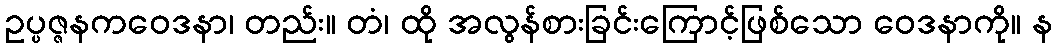
ဥပ္ပဇ္ဇနကဝေဒနာ၊ တည်း။ တံ၊ ထို အလွန်စားခြင်းကြောင့်ဖြစ်သော ဝေဒနာကို။ န